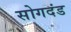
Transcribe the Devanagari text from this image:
सोगदंड